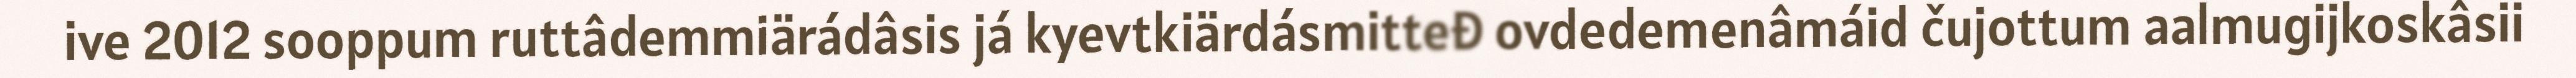
ive 2012 sooppum ruttâdemmiärádâsis já kyevtkiärdásmitteđ ovdedemenâmáid čujottum aalmugijkoskâsii